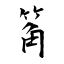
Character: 䇶